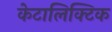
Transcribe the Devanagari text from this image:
केटालिक्टिक